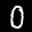
Label: 0